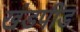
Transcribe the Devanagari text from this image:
खंडपीड